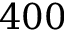
4 0 0